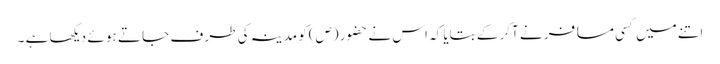
اتنے میں کسی مسا فر نے آکر کے بتایا کہ اس نے حضور (ص)کو مدینہ کی طر ف جا تے ہو ئے دیکھا ہے ۔